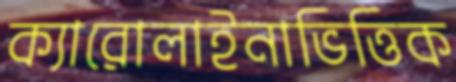
ক্যারোলাইনাভিত্তিক